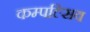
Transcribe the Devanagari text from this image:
कम्पल्सिव